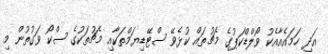
އަދި ހަމައެއާއެކު ވޯލްޑްކަޕުގެ މެޗުތައް ކުޅެވޭ ސްޓޭޑިޔަމްތަކާއި މެޗުތަކުގެ ސްކޯ ވަގުތުން މި